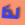
لذا